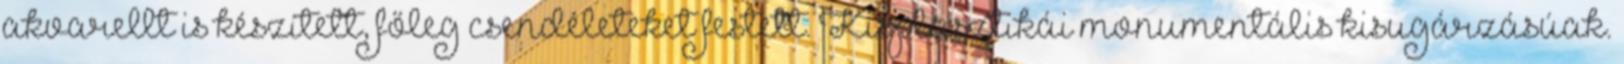
akvarellt is készített, főleg csendéleteket festett. Kisplasztikái monumentális kisugárzásúak.